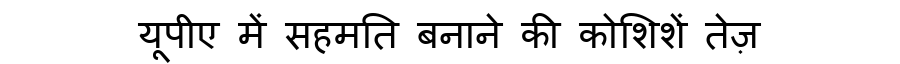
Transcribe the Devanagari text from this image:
यूपीए में सहमति बनाने की कोशिशें तेज़